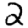
Digit: 2